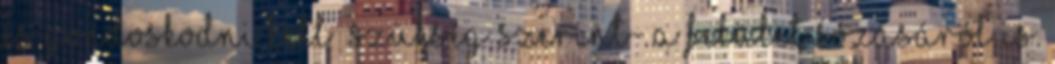
és gondoskodni kell –szükség szerint- a felület sózásáról is.